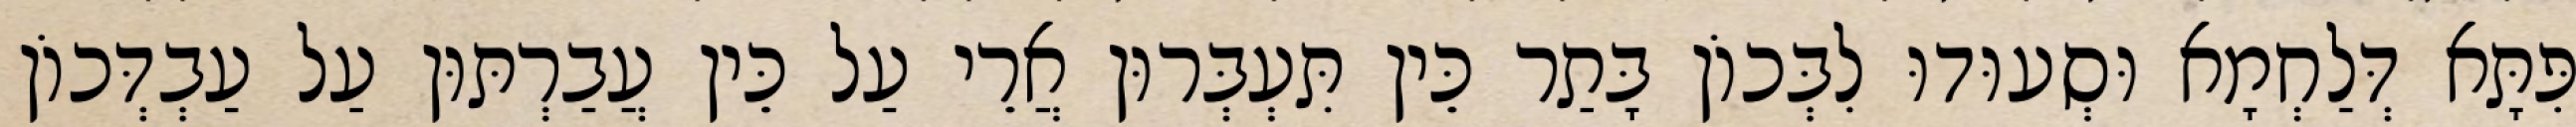
פִּתָּא דְּלַחְמָא וּסְעוּדוּ לִבְּכוֹן בָּתַר כֵּין תִּעְבְּרוּן אֲרֵי עַל כֵּין עֲבַרְתּוּן עַל עַבְדְּכוֹן